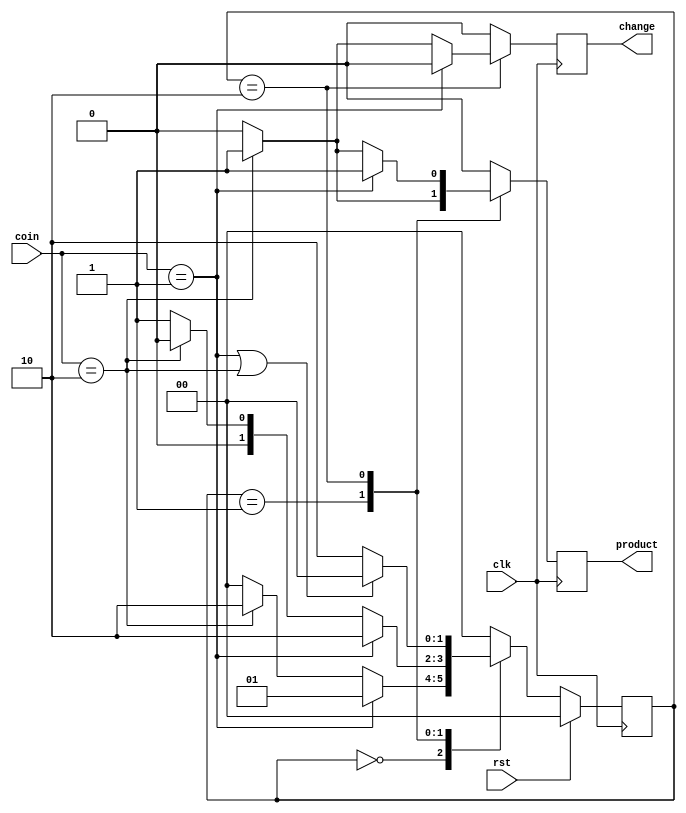
module vending_machine(input clk,rst,input [1:0]coin,output reg product,change);

//using mealy fsm using coding style 4
//defining the state that is present state and next state

reg[1:0]ps,ns;

parameter IDLE = 2'b00,
          S1   = 2'b01,
          S2   = 2'b10;

//sequential logic for present state
 
always@(posedge clk)
begin
 if (rst)
   ps<=IDLE;
 else
   ps<=ns;
end 

//combinational logic for next state 

always@(ps,coin)
 begin
  ns = IDLE;
 case(ps)
  IDLE : if (coin==1)     ns = S1;
         else if(coin==2) ns = S2;
    S1 : if (coin==1)     ns = S2;
         else if(coin==2) ns = IDLE;
		 else             ns = S1;
	S2 : if ((coin==1)||(coin==2))    
                          ns = IDLE;
         else             ns = S2;
endcase
end

//sequential logic for OUTPUT

always@(posedge clk)
  begin
   product <= 1'b0;
   change <= 1'b0;
   case(ps)
       S1  : if (coin==2)
	         product <= 1;
	   S2  : if (coin==1)
			 product <= 1;
			else if (coin==2) 
			 begin
			 product <= 1;
			 change <= 1;
			 end
	endcase
  end
			 
endmodule